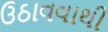
ઉઠાવવાથી